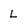
Character: L